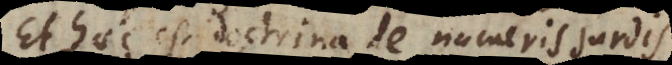
Et haec est doctrina de numeris surdis,